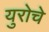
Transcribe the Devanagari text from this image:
युरोचे